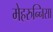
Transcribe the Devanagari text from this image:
मेहरुन्‍निसा